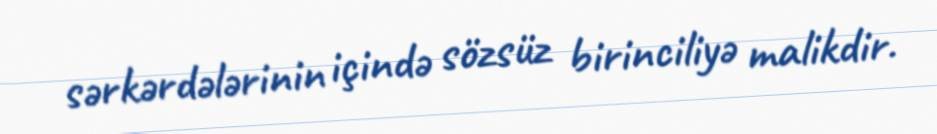
sərkərdələrinin içində sözsüz birinciliyə malikdir.